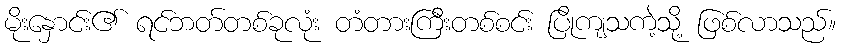
မိုးနှောင်း၏ ရင်ဘတ်တစ်ခုလုံး တံတားကြီးတစ်စင်း ပြိုကျသကဲ့သို့ ဖြစ်လာသည်။